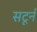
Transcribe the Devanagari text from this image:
सटूर्न